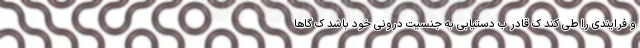
و فرایندی را طی کند ک قادر ب دستیابی به جنسیت درونی خود باشد ک گاها